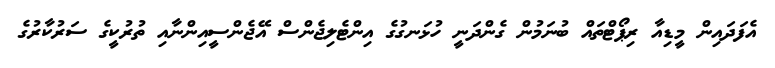
އެފަދައިން މީޑިއާ ރިޕޯޓްތައް ބުނަމުން ގެންދަނީ ހުޅަނގުގެ އިންޓެލިޖެންސް އޭޖެންސީއިންނާއި ތުރުކީގެ ސަރުކާރުގެ